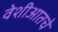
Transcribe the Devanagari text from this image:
वेशीआतचे